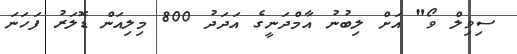
ސިވިލް ވޯ" އަށް ލިބުނު އާމްދަނީގެ އަދަދު 800 މިލިއަން ޑޮލަރު ފަހަނަ